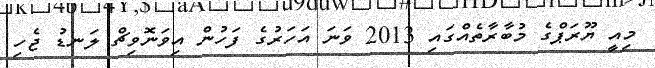
މިއީ ޔޫރަަޕްގެ މުބާރާތެއްގައި 2013 ވަނަ އަހަރުގެ ފަހުން އިވަނޮވިޗް ލަނޑު ޖެހި